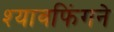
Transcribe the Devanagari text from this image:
श्यावफिंगने